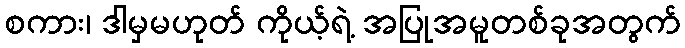
စကား၊ ဒါမှမဟုတ် ကိုယ့်ရဲ့ အပြုအမူတစ်ခုအတွက်